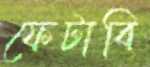
ফেটাবি